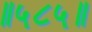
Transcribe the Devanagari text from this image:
॥५८५॥